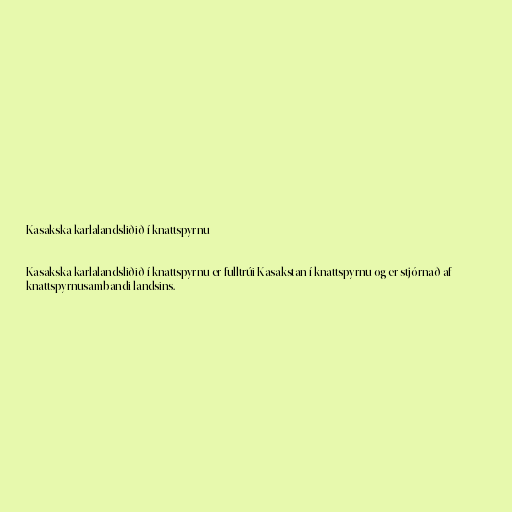
Kasakska karlalandsliðið í knattspyrnu

Kasakska karlalandsliðið í knattspyrnu er fulltrúi Kasakstan í knattspyrnu og er stjórnað af
knattspyrnusambandi landsins.